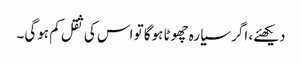
دیکھئے، اگر سیارہ چھوٹا ہوگا تو اس کی ثقل کم ہوگی۔